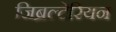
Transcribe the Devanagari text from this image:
जिब्रल्टेरियन